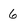
Character: 6